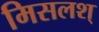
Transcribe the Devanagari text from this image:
मिसलश्